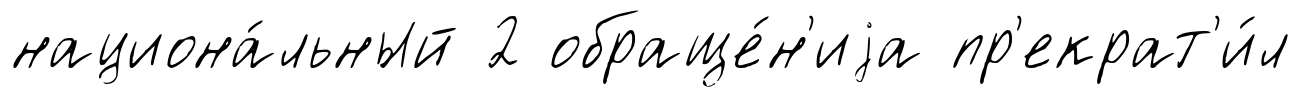
национа́льный 2 обраще́н'иjа пр'екрат'и́л